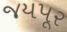
જયપૂર